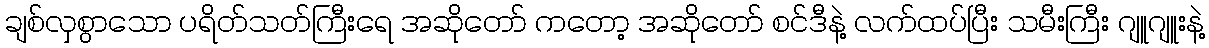
ချစ်လှစွာသော ပရိတ်သတ်ကြီးရေ အဆိုတော် ကတော့ အဆိုတော် စင်ဒီနဲ့ လက်ထပ်ပြီး သမီးကြီး ဂျူဂျူးနဲ့